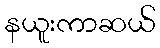
နယူးကာဆယ်